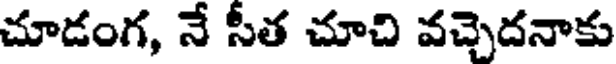
చూడంగ, నే సీత చూచి వచ్చెదనాకు